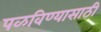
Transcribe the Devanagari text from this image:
पळविण्यासाठी